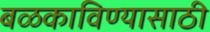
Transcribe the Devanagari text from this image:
बळकाविण्यासाठी